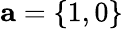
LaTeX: {\mathbf a}=\left\{ 1,0\right\}